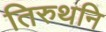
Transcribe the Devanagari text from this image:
तिरुथनि